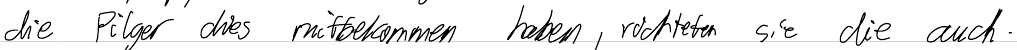
die Pilger dies mitbekommen haben, richteten sie dies auch.